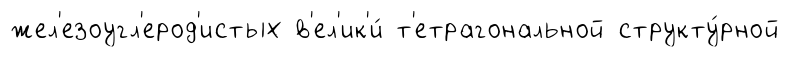
жел'езоугл'ерод'истых в'ел'ик'и́ т'етрагональной структу́рной